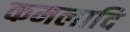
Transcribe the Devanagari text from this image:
कमलादि